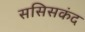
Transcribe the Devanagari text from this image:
ससिसकंद